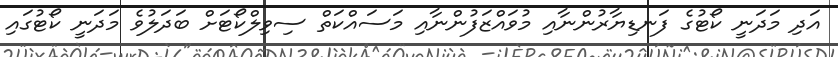
އަދި މަދަނީ ކޯޓުގެ ފަނޑިޔާރުންނާއި މުވައްޒަފުންނާއި މަސައްކަތް ސިވިލްކޯޓަށް ބަދަލުވެ މަދަނީ ކޯޓުގައި